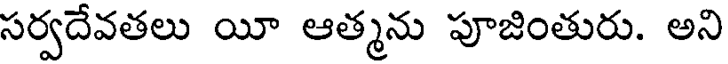
సర్వదేవతలు యీ ఆత్మను పూజింతురు. అని